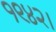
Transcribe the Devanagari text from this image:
१९४२।